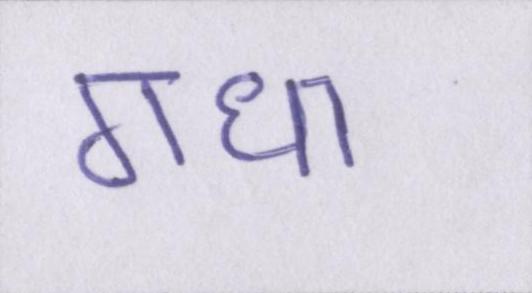
गधा